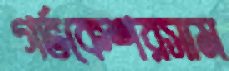
গর্ভকেশরসাম